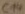
Text: C14